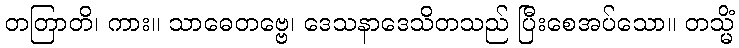
တတြာတိ၊ ကား။ သာဓေတဗ္ဗေ၊ ဒေသနာဒေသိတသည် ပြီးစေအပ်သော။ တသ္မိံ